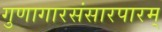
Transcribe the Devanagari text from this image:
गुणागारसंसारपारम्